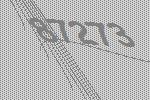
87273